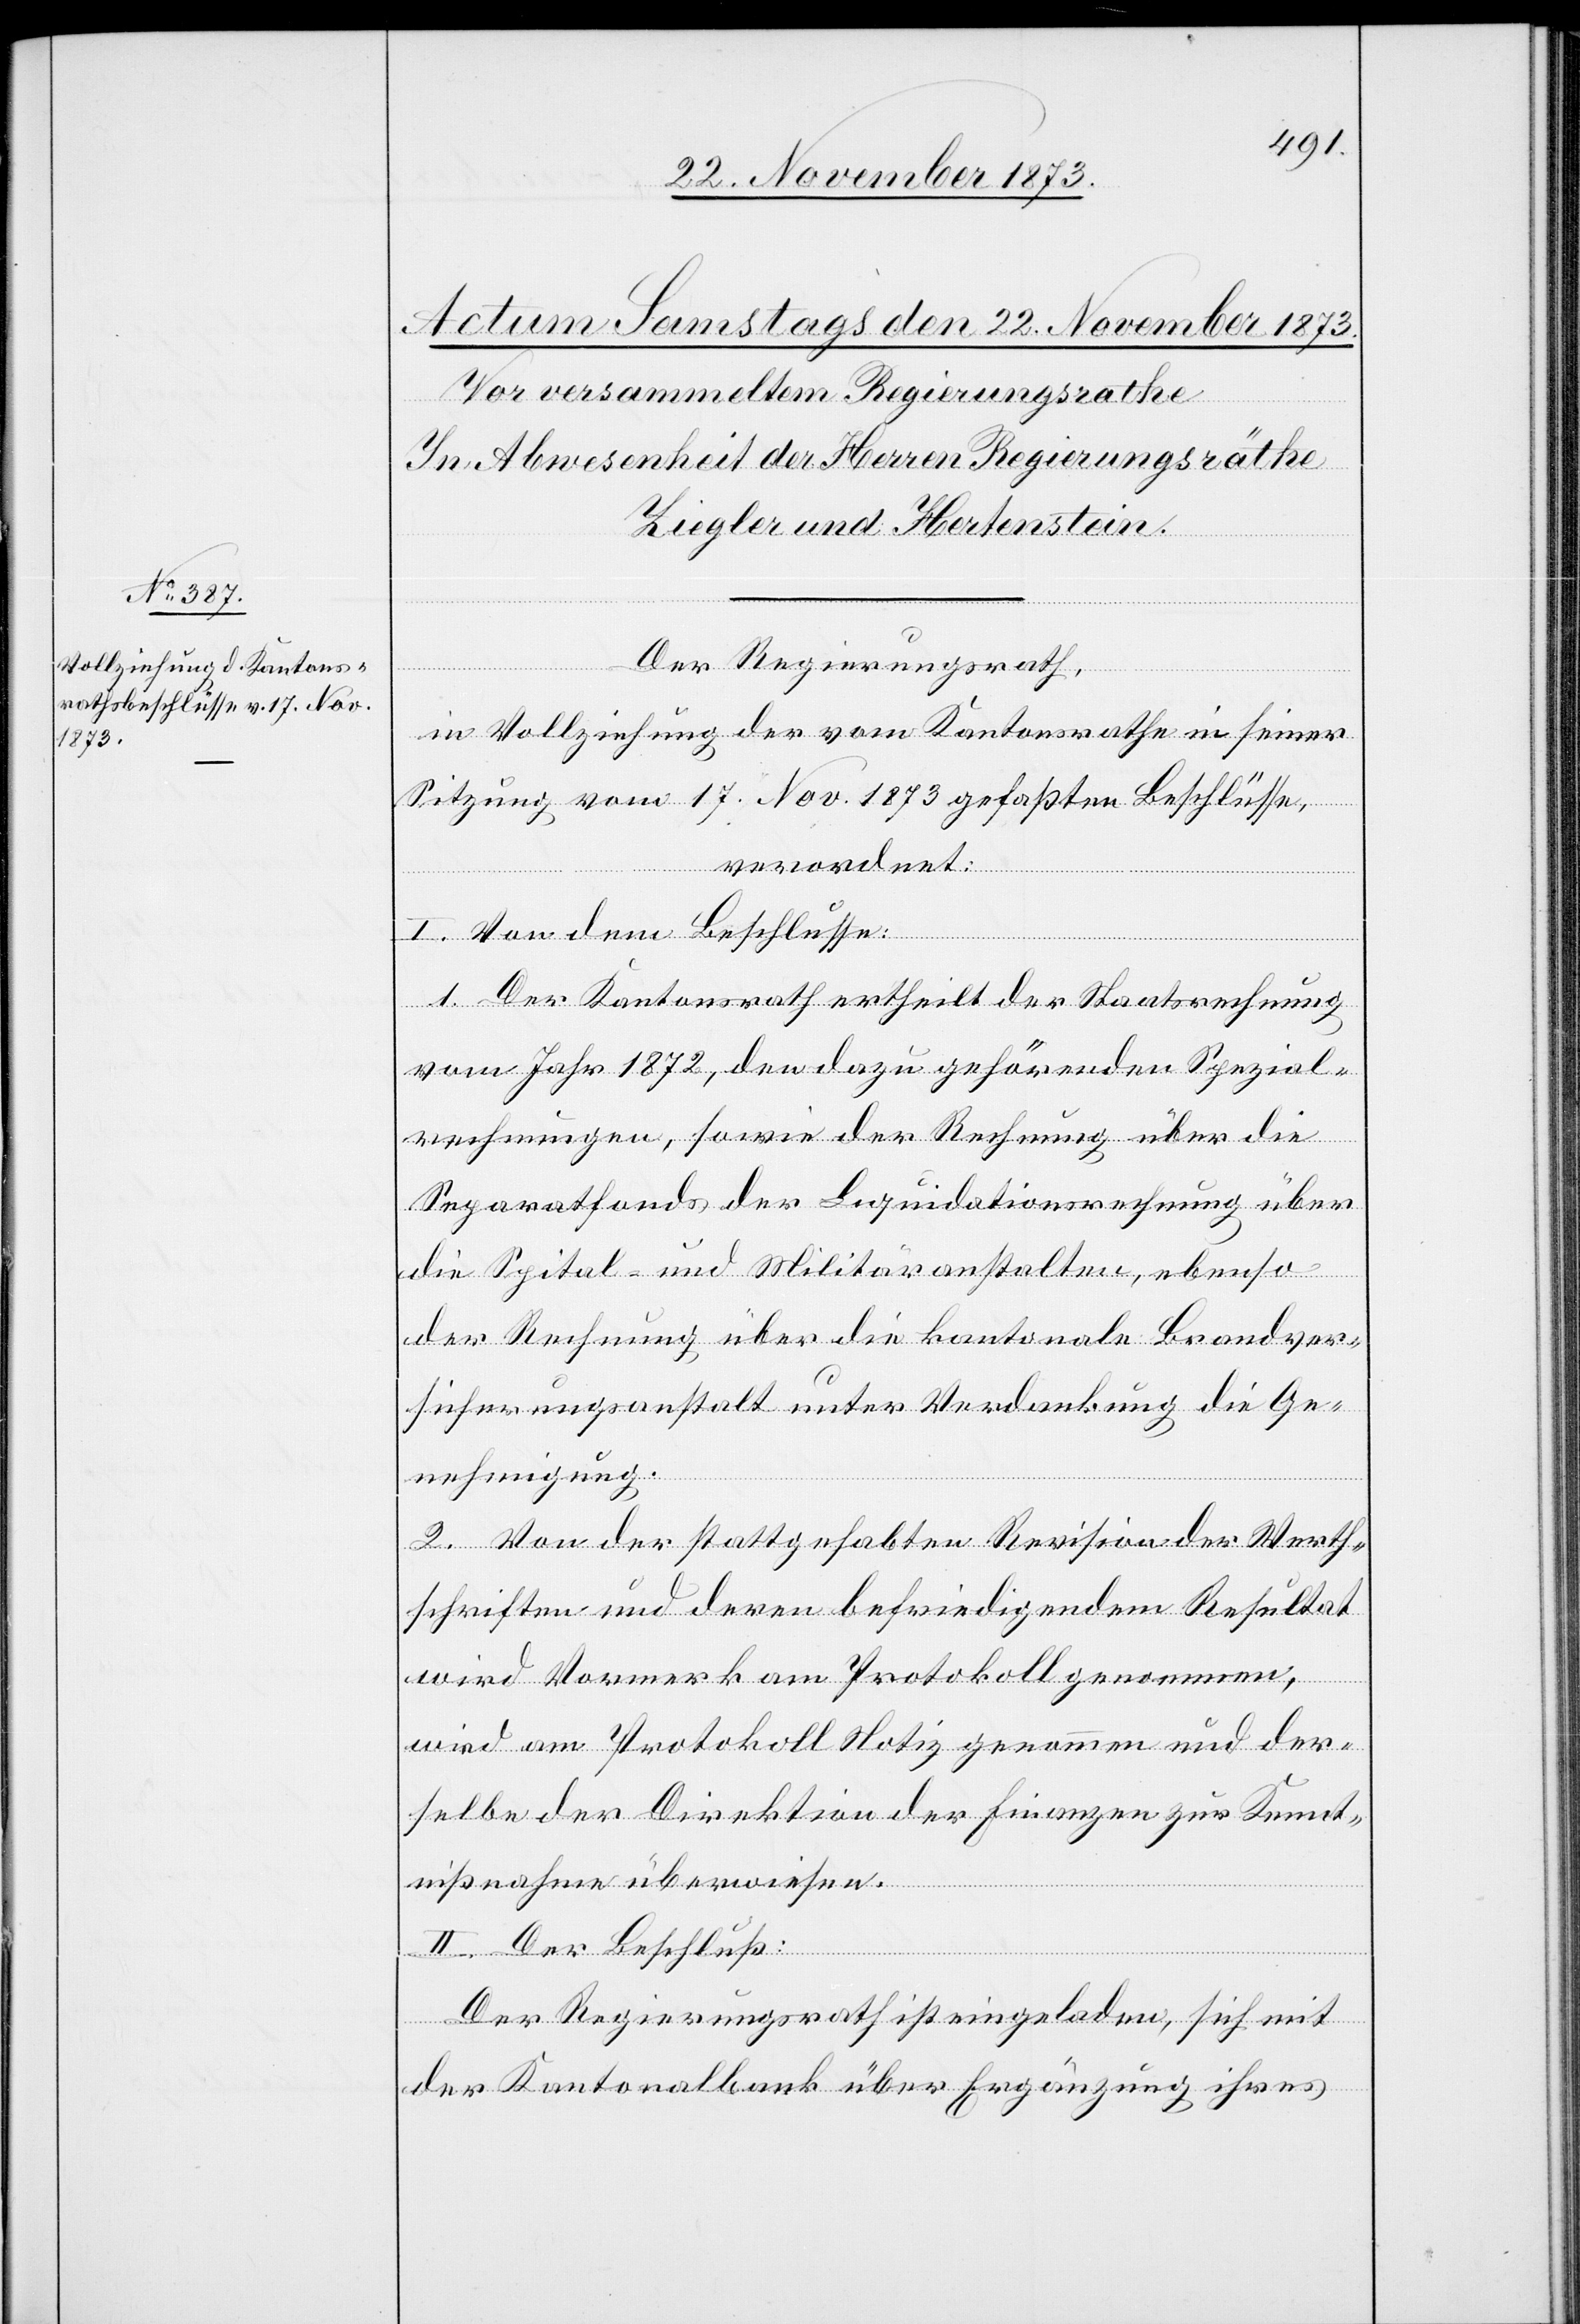
Der Regierungsrath,
in Vollziehung der vom Kantonsrathe in seiner
Sitzung vom 17. Nov. 1873 gefaßten Beschlüsse,
verordnet:
I. Von dem Beschlusse:
1. Der Kantonsrath ertheilt der Staatsrechnung
vom Jahr 1872, den dazu gehörenden Spezial¬
rechnungen, sowie der Rechnung über die
Separatfonds der Liquidationsrechnung über
die Spital- und Militäranstalten, ebenso
der Rechnung über die kantonale Brandver¬
sicherungsanstalt unter Verdankung die Ge¬
nehmigung.
2. Von der stattgehabten Revision der Werth¬
schriften und deren befriedigendem Resultat
wird Vormerk am Protokoll genommen,
wird am Protokoll Notiz genommen und der¬
selbe der Direktion der Finanzen zur Kennt¬
nißnahme überwiesen.
II. Der Beschluß:
Der Regierungsrath ist eingeladen, sich mit
der Kantonalbank über Ergänzung ihres